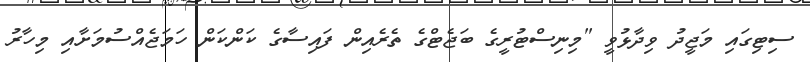
ސިޓިގައި މަޖީދު ވިދާޅުވީ "މިނިސްޓުރީގެ ބަޖެޓްގެ ތެރެއިން ފައިސާގެ ކަންކަން ހަމަޖެއްސުމަށާއި މިހާރު